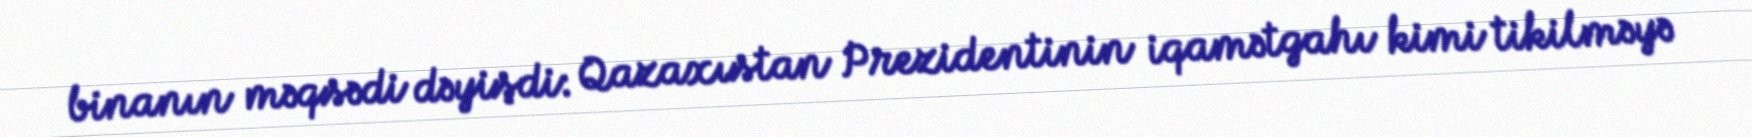
binanın məqsədi dəyişdi: Qazaxıstan Prezidentinin iqamətgahı kimi tikilməyə